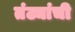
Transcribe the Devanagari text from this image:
तंट्यांची